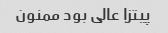
پیتزا عالی بود ممنون